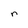
Character: r